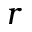
r